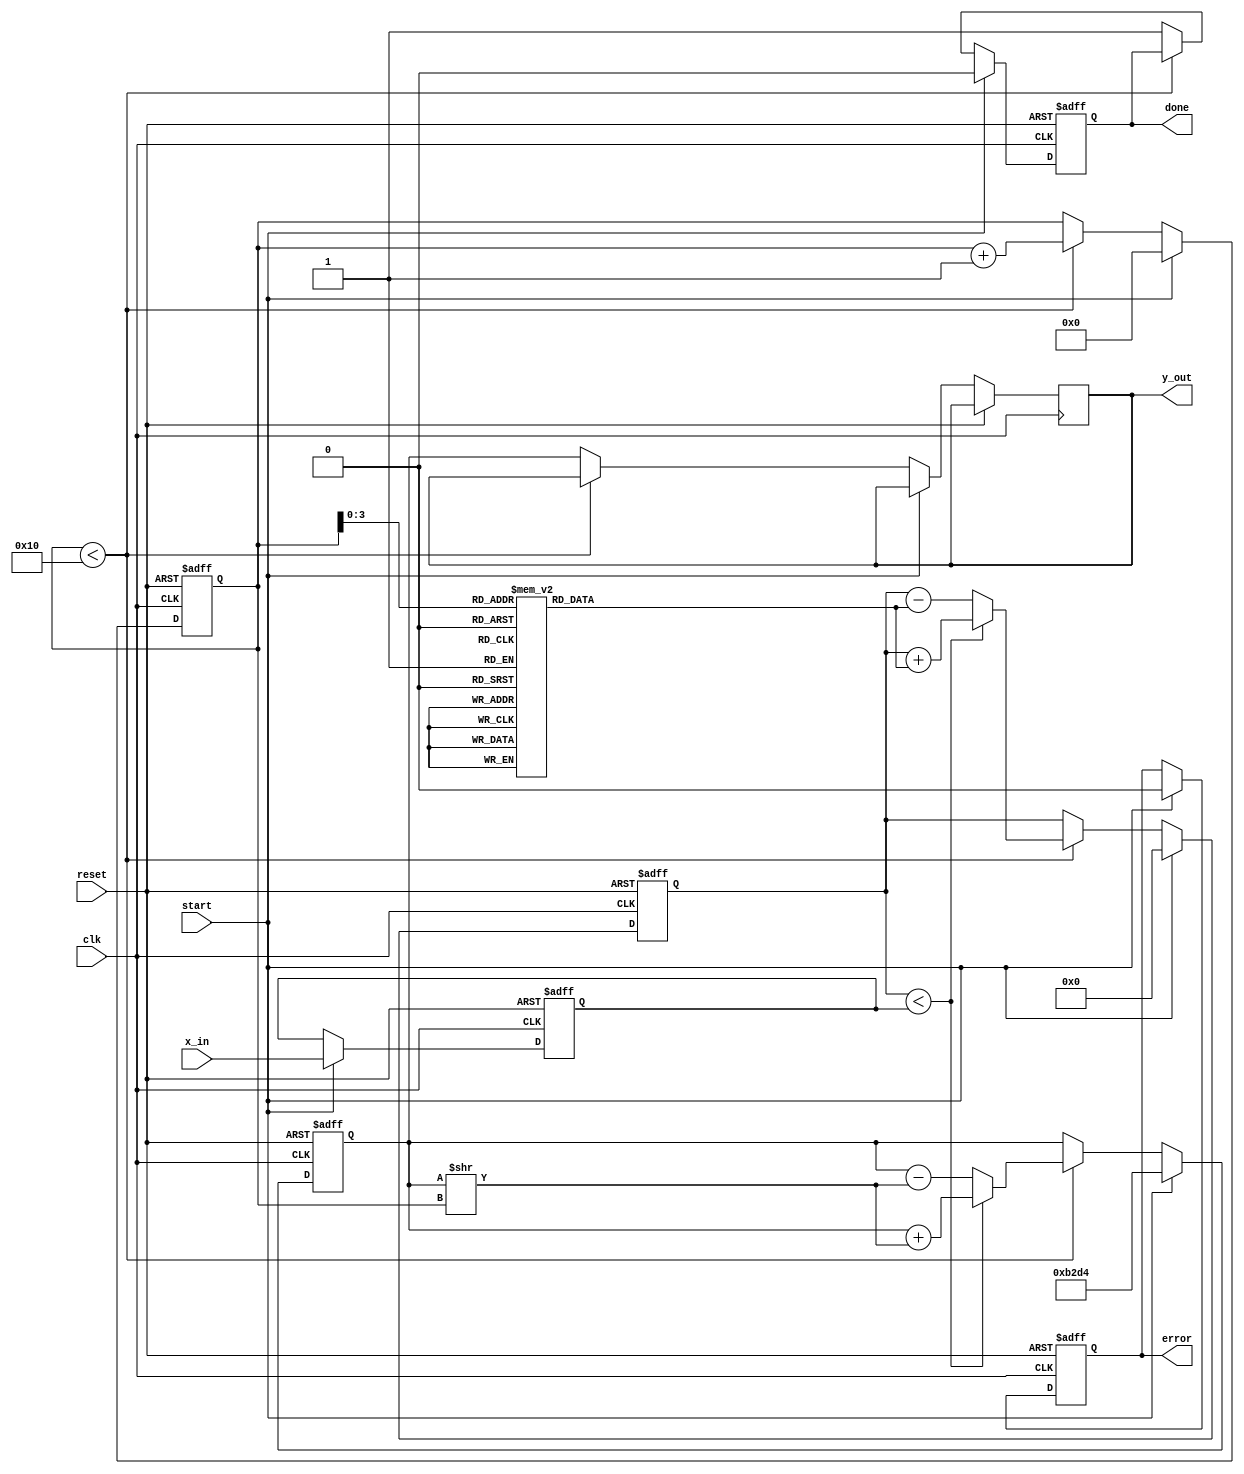
module cordic_exponential #(
    parameter DATA_WIDTH = 16, // Input data width
    parameter ITERATIONS = 16   // Number of iterations for precision
)(
    input wire clk,
    input wire reset,
    input wire start,
    input wire [DATA_WIDTH-1:0] x_in, // Input exponent
    output reg [DATA_WIDTH-1:0] y_out, // Output result
    output reg done, // Calculation complete signal
    output reg error // Error signal
);

    // Internal registers
    reg [DATA_WIDTH-1:0] x_reg, y_reg, z_reg;
    reg [DATA_WIDTH-1:0] angle_table [0:ITERATIONS-1]; // Angle lookup table
    reg [4:0] iteration_counter; // Iteration counter
    reg [DATA_WIDTH-1:0] scaling_factor; // Scaling factor

    // Initialize angle lookup table for arctan(2^-i)
    initial begin
        angle_table[0] = 16'h0000; // atan(1) = 0
        angle_table[1] = 16'h3C90; // atan(0.5) = 26.565 degrees
        angle_table[2] = 16'h3A2D; // atan(0.25) = 14.036 degrees
        angle_table[3] = 16'h38E3; // atan(0.125) = 7.125 degrees
        // Continue filling the table for more iterations...
    end

    // Scaling factor for CORDIC
    initial begin
        scaling_factor = 16'hB2D4; // Approximation of 1/sqrt(2)
    end

    // State machine for CORDIC operation
    always @(posedge clk or posedge reset) begin
        if (reset) begin
            x_reg <= 0;
            y_reg <= scaling_factor; // Initial y value for exp
            z_reg <= 0;
            iteration_counter <= 0;
            done <= 0;
            error <= 0;
        end else if (start) begin
            // Load input and reset iteration counter
            x_reg <= x_in;
            y_reg <= scaling_factor; // Initial y value for exp
            z_reg <= 0;
            iteration_counter <= 0;
            done <= 0;
            error <= 0;
        end else if (iteration_counter < ITERATIONS) begin
            // CORDIC iteration
            if (z_reg < x_reg) begin
                // Rotate counter-clockwise
                y_reg <= y_reg + (y_reg >> iteration_counter);
                z_reg <= z_reg + angle_table[iteration_counter];
            end else begin
                // Rotate clockwise
                y_reg <= y_reg - (y_reg >> iteration_counter);
                z_reg <= z_reg - angle_table[iteration_counter];
            end
            iteration_counter <= iteration_counter + 1;
        end else begin
            // Calculation complete
            y_out <= y_reg; // Final output
            done <= 1;
        end
    end

endmodule